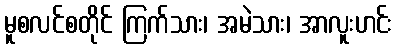
မူစလင်စတိုင် ကြက်သား၊ အမဲသား၊ အာလူးဟင်း